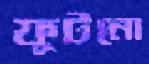
ফুটনো